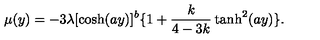
\mu ( y ) = - 3 \lambda [ \cosh ( a y ) ] ^ { b } \{ 1 + \frac { k } { 4 - 3 k } \tanh ^ { 2 } ( a y ) \} .